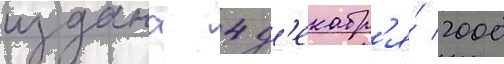
издана 4 д'екабр'я́ 2000